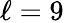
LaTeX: \ell=9